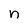
Character: n